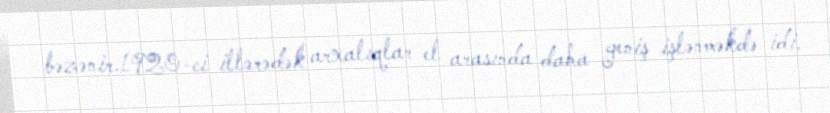
bəzənir.1920-ci illərədək arxalıqlar el arasında daha geniş işlənməkdə idi.